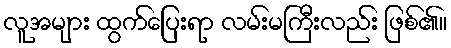
လူအများ ထွက်ပြေးရာ လမ်းမကြီးလည်း ဖြစ်၏။